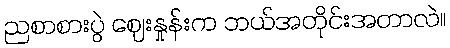
ညစာစားပွဲ ဈေးနှုန်းက ဘယ်အတိုင်းအတာလဲ။